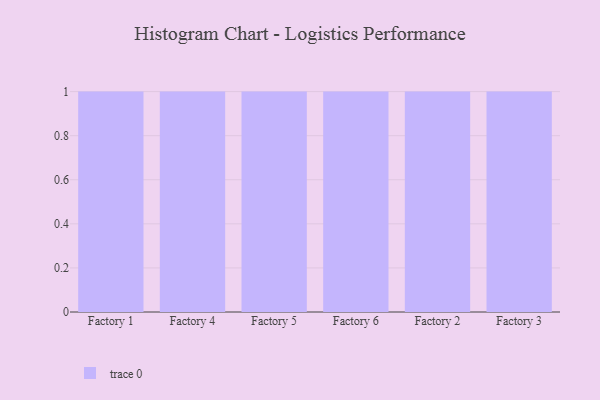
{"axis": {"x": "Factory", "y": "Churn Rate (%)"}, "legend": [""], "data": [{"x": "Factory 1", "y": 31, "type": ""}, {"x": "Factory 4", "y": 86, "type": ""}, {"x": "Factory 5", "y": 91, "type": ""}, {"x": "Factory 6", "y": 63, "type": ""}, {"x": "Factory 2", "y": 13, "type": ""}, {"x": "Factory 3", "y": 72, "type": ""}]}